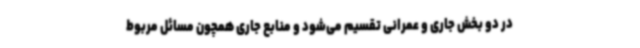
در دو بخش جاری و عمرانی تقسیم می‌شود و منابع جاری همچون مسائل مربوط